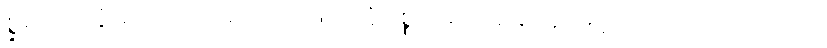
စ္ဆရပြု, ကွိ လောပေါ စသုတ်ဖြင့် ကွိပစ္စည်းကို ချေ, နာမ်ငဲ့, သိသက်, ေ-ါ ပြု,